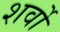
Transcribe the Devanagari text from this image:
शर्वो